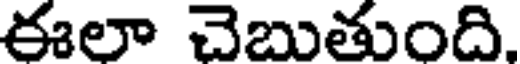
ఈలా చెబుతుంది.